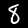
Digit: 8